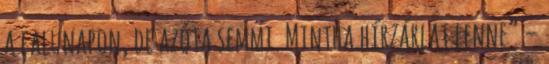
a falunapon, de azóta semmi. Mintha hírzárlat lenne” –